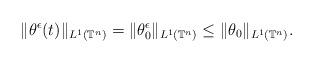
LaTeX: \begin{align*}\|\theta^\epsilon(t)\|_{L^1\left(\mathbb{T}^{n}\right)}=\|\theta^\epsilon_0\|_{L^1\left(\mathbb{T}^{n}\right)}\leq \|\theta_0\|_{L^1\left(\mathbb{T}^{n}\right)}.\end{align*}